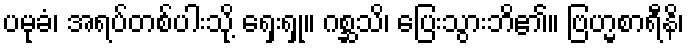
ပမုခံ၊ အရပ်တစ်ပါးသို့ ရှေးရှု။ ဂစ္ဆသိ၊ ပြေးသွားဘိ၏။ ဗြဟ္မစာရီနိ၊